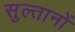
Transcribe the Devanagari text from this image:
सुल्‍तानों